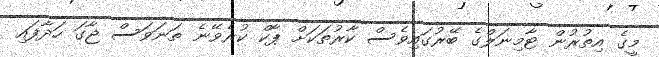
މީގެ އިތުރުން ޓާމިނަލްގެ ބޭރުގައިވެސް ކާރުތަކަށް ޕާކް ކުރެވޭނެ ތަނަވަސް ޖާގަ ހަދާފައި